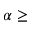
\alpha \geq